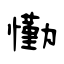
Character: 懄